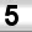
Digit: 5